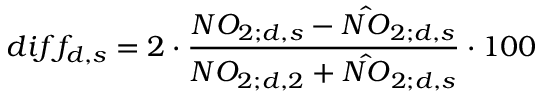
d i f f _ { d , s } = 2 \cdot \frac { N O _ { 2 ; d , s } - \hat { N O } _ { 2 ; d , s } } { N O _ { 2 ; d , 2 } + \hat { N O } _ { 2 ; d , s } } \cdot 1 0 0 \